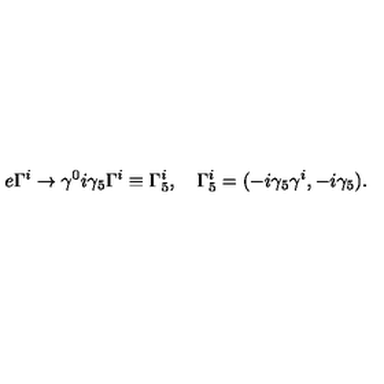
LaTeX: e \Gamma ^ { i } \to \gamma ^ { 0 } i \gamma _ { 5 } \Gamma ^ { i } \equiv \Gamma _ { 5 } ^ { i } , \quad \Gamma _ { 5 } ^ { i } = ( - i \gamma _ { 5 } \gamma ^ { i } , - i \gamma _ { 5 } ) .